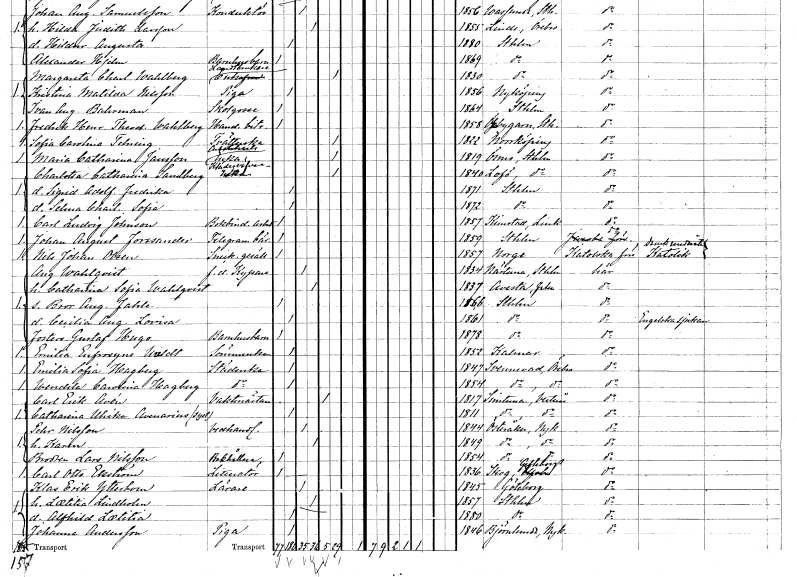
gt_parse: households: individuals: FN: Charlotta Catharina
EN: Sandberg
YRKE: Klädesvävareänka
KON: K
CIV: E
FODAR: 1840
FODFORS: Lovö Stockholms län
FN: Sigrid Adolfina Fredrika
KON: K
CIV: O
FODAR: 1871
FODFORS: Stockholm
FN: Selma Charlotta Sofia
KON: K
CIV: O
FODAR: 1872
FODFORS: Stockholm
FN: Carl Ludvig
EN: Johnson
YRKE: Bokbinderiarbetare
KON: M
CIV: O
FODAR: 1857
FODFORS: Kimstad Östergötlands län
FN: Johan August
EN: Forsander
YRKE: Telegrambärare
KON: M
CIV: O
FODAR: 1859
FODFORS: Stockholm
FN: Nils Johan
EN: Olsen
YRKE: Snickaregesäll
KON: M
CIV: O
FODAR: 1857
FN: August
EN: Wahlqvist
YRKE: Kypare f.d.
KON: M
CIV: G
FODAR: 1834
FODFORS: Närtuna Stockholms län
FN: Catharina Sofia
EN: Wahlqvist
KON: K
CIV: G
FODAR: 1837
FODFORS: Avesta Kopparbergs län
FN: Bror August Fahle
KON: M
CIV: O
FODAR: 1866
FODFORS: Stockholm
FN: Cecilia Augusta Lovisa
KON: K
CIV: O
FODAR: 1861
FODFORS: Stockholm
FN: Gustaf Hugo
YRKE: Barnhusbarn
KON: M
CIV: O
FODAR: 1878
FODFORS: Stockholm
FN: Emilia Eufrosyne
EN: Waldt
YRKE: Sömmerska
KON: K
CIV: O
FODAR: 1852
FODFORS: Kalmar Kalmar län
FN: Emilia Sofia
EN: Hagberg
YRKE: Städerska
KON: K
CIV: O
FODAR: 1847
FODFORS: Svennevad Örebro län
FN: Wendela Carolina
EN: Hagberg
YRKE: Städerska
KON: K
CIV: O
FODAR: 1854
FODFORS: Svennevad Örebro län
FN: Carl Erik
EN: Avén
YRKE: Vaktmästare
KON: M
CIV: E
FODAR: 1817
FODFORS: Simtuna Uppsala län
FN: Catharina Ulrika
EN: Avenarius
KON: K
CIV: O
FODAR: 1811
FODFORS: Simtuna Uppsala län
FN: Pehr
EN: Nilsson
YRKE: Vedhandlare
KON: M
CIV: G
FODAR: 1844
FODFORS: Österåker Stockholms län
FN: Karin
KON: K
CIV: G
FODAR: 1849
FODFORS: Österåker Stockholms län
FN: Lars
EN: Nilsson
YRKE: Bokhållare
KON: M
CIV: O
FODAR: 1854
FODFORS: Österåker Stockholms län
FN: Carl Otto
EN: Ekström
YRKE: Litteratör
KON: M
CIV: O
FODAR: 1836
FODFORS: Skog Gävleborgs län
FN: Klas Erik
EN: Ytterbom
YRKE: Lärare
KON: M
CIV: G
FODAR: 1845
FODFORS: Göteborg Göteborgs- och Bohuslän
FN: Laetitia
EN: Lindholm
KON: K
CIV: G
FODAR: 1857
FODFORS: Stockholm
FN: Alfrida Laetitia
KON: K
CIV: O
FODAR: 1880
FODFORS: Stockholm
FN: Johanna
EN: Andersson
YRKE: Piga
KON: K
CIV: O
FODAR: 1846
FODFORS: Björnlunda Södermanlands län